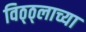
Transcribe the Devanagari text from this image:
विठ्ठ्लाच्या